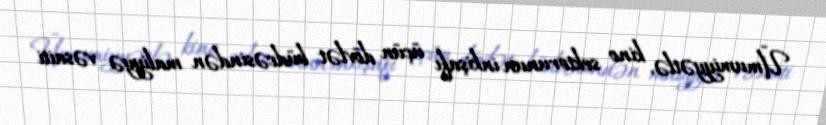
Ümumiyyətlə, kino sektorunun inkişafı üçün dövlət büdcəsindən maliyyə vəsaiti